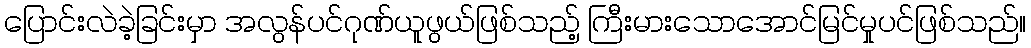
ပြောင်းလဲခဲ့ခြင်းမှာ အလွန်ပင်ဂုဏ်ယူဖွယ်ဖြစ်သည့် ကြီးမားသောအောင်မြင်မှုပင်ဖြစ်သည်။